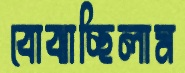
বোঝাচ্ছিলাম